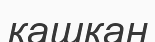
кашқан